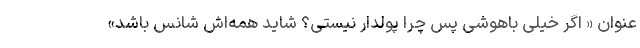
عنوان « اگر خیلی باهوشی پس چرا پولدار نیستی؟ شاید همه‌اش شانس باشد»